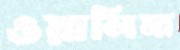
ওয়ালিমা